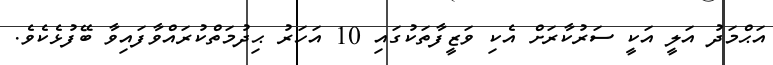
އަޙްމަދު އަލީ އަކީ ސަރުކާރަށް އެކި ވަޒީފާތަކުގައި 10 އަހަރު ޙިދުމަތްކުރައްވާފައިވާ ބޭފުޅެކެވެ.